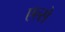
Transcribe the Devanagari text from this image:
एल्से